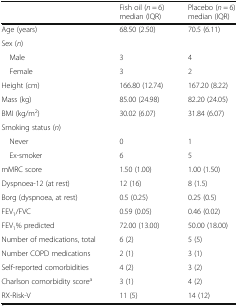
|  | Fish oil (n = 6) median (IQR) | Placebo (n = 6) median (IQR) |
 | --- | --- | --- |
 | Age (years) | 68.50 (2.50) | 70.5 (6.11) |
 | <COLSPAN=3> Sex (n) |
 | Male | 3 | 4 |
 | Female | 3 | 2 |
 | Height (cm) | 166.80 (12.74) | 167.20 (8.22) |
 | Mass (kg) | 85.00 (24.98) | 82.20 (24.05) |
 | BMI (kg/m2) | 30.02 (6.07) | 31.84 (6.07) |
 | <COLSPAN=3> Smoking status (n) |
 | Never | 0 | 1 |
 | Ex-smoker | 6 | 5 |
 | mMRC score | 1.50 (1.00) | 1.00 (1.50) |
 | Dyspnoea-12 (at rest) | 12 (16) | 8 (1.5) |
 | Borg (dyspnoea, at rest) | 0.5 (0.25) | 0.25 (0.5) |
 | FEV1/FVC | 0.59 (0.05) | 0.46 (0.02) |
 | FEV1% predicted | 72.00 (13.00) | 50.00 (18.00) |
 | Number of medications, total | 6 (2) | 5 (5) |
 | Number COPD medications | 2 (1) | 3 (1) |
 | Self-reported comorbidities | 4 (2) | 3 (2) |
 | Charlson comorbidity scorea | 3 (1) | 4 (2) |
 | RX-Risk-V | 11 (5) | 14 (12) |